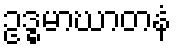
ဥဒ္ဓမာဃာတနံ